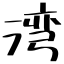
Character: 湾